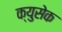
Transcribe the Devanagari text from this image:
क्युसेक